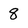
Character: 8